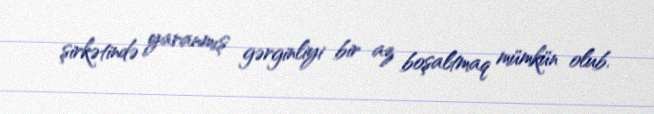
şirkətində yaranmış gərginliyi bir az boşaltmaq mümkün olub.